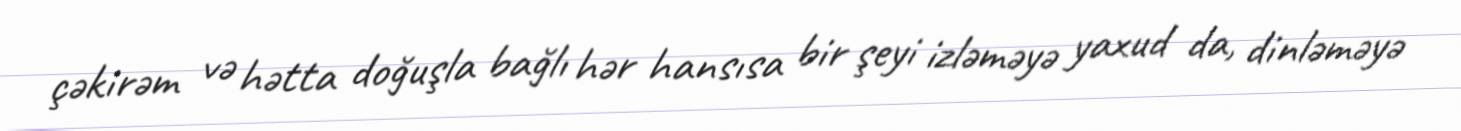
çəkirəm və hətta doğuşla bağlı hər hansısa bir şeyi izləməyə yaxud da, dinləməyə